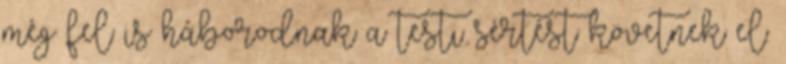
még fel is háborodnak a testi sértést követnek el.